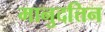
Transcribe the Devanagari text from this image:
मानुदत्तिन